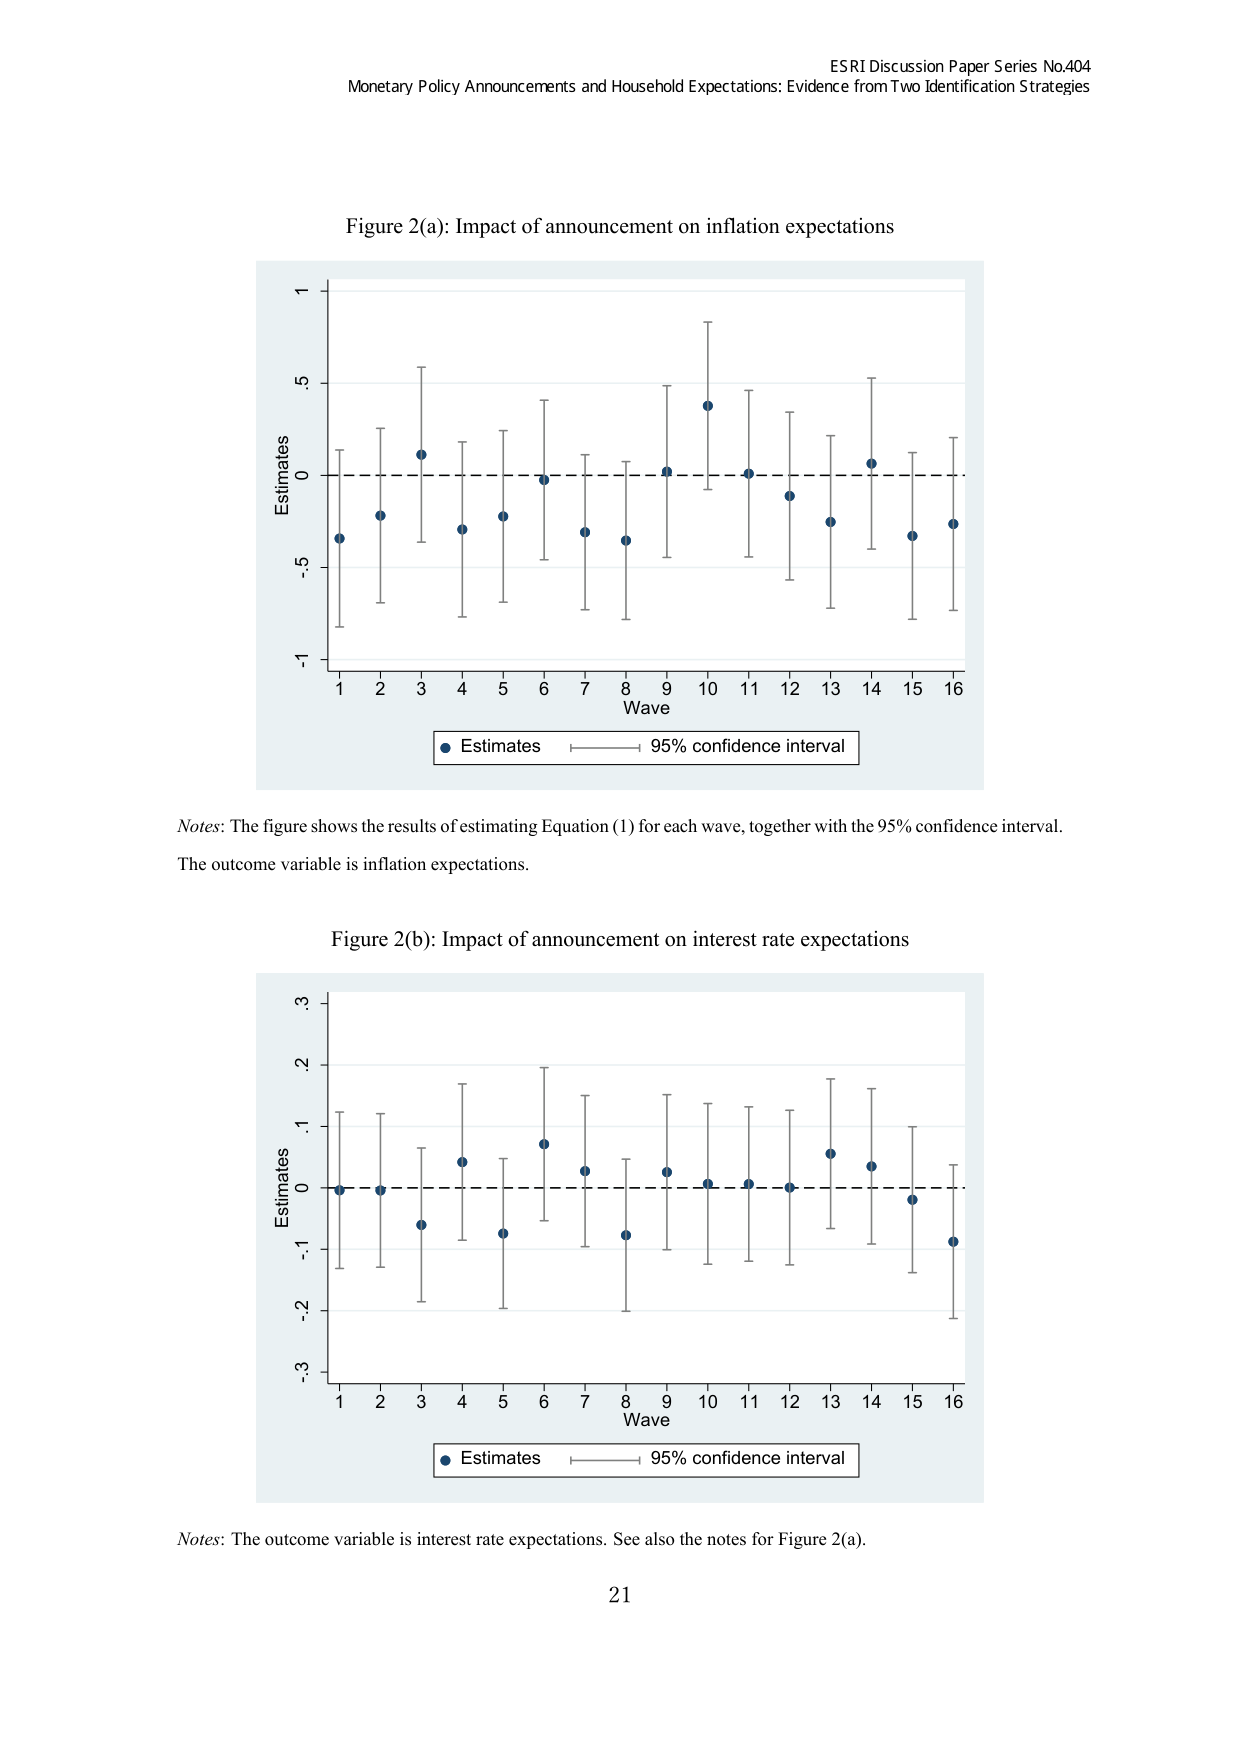
ESRI Discussion Paper Series No.404
Monetary Policy Announcements and Household Expectations: Evidence from Two Identification Strategies

Figure 2(a): Impact of announcement on inflation expectations

Estimates
Wave
1 2 3 4 5 6 7 8 9 10 11 12 13 14 15 16
-1
-.5
0
.5
1

● Estimates ——— 95% confidence interval

Notes: The figure shows the results of estimating Equation (1) for each wave, together with the 95% confidence interval. The outcome variable is inflation expectations.

Figure 2(b): Impact of announcement on interest rate expectations

Estimates
Wave
1 2 3 4 5 6 7 8 9 10 11 12 13 14 15 16
-.3
-.2
-.1
0
.1
.2
.3

● Estimates ——— 95% confidence interval

Notes: The outcome variable is interest rate expectations. See also the notes for Figure 2(a).

21